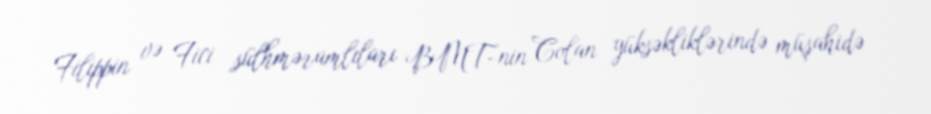
Filippin və Fici sülhməramlıları BMT-nin Colan yüksəkliklərində müşahidə